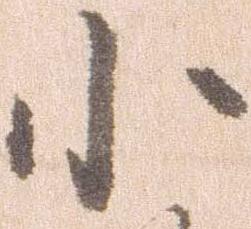
小